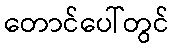
တောင်ပေါ်တွင်